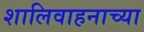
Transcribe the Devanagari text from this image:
शालिवाहनाच्या